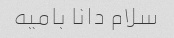
سلام دانا بامیه